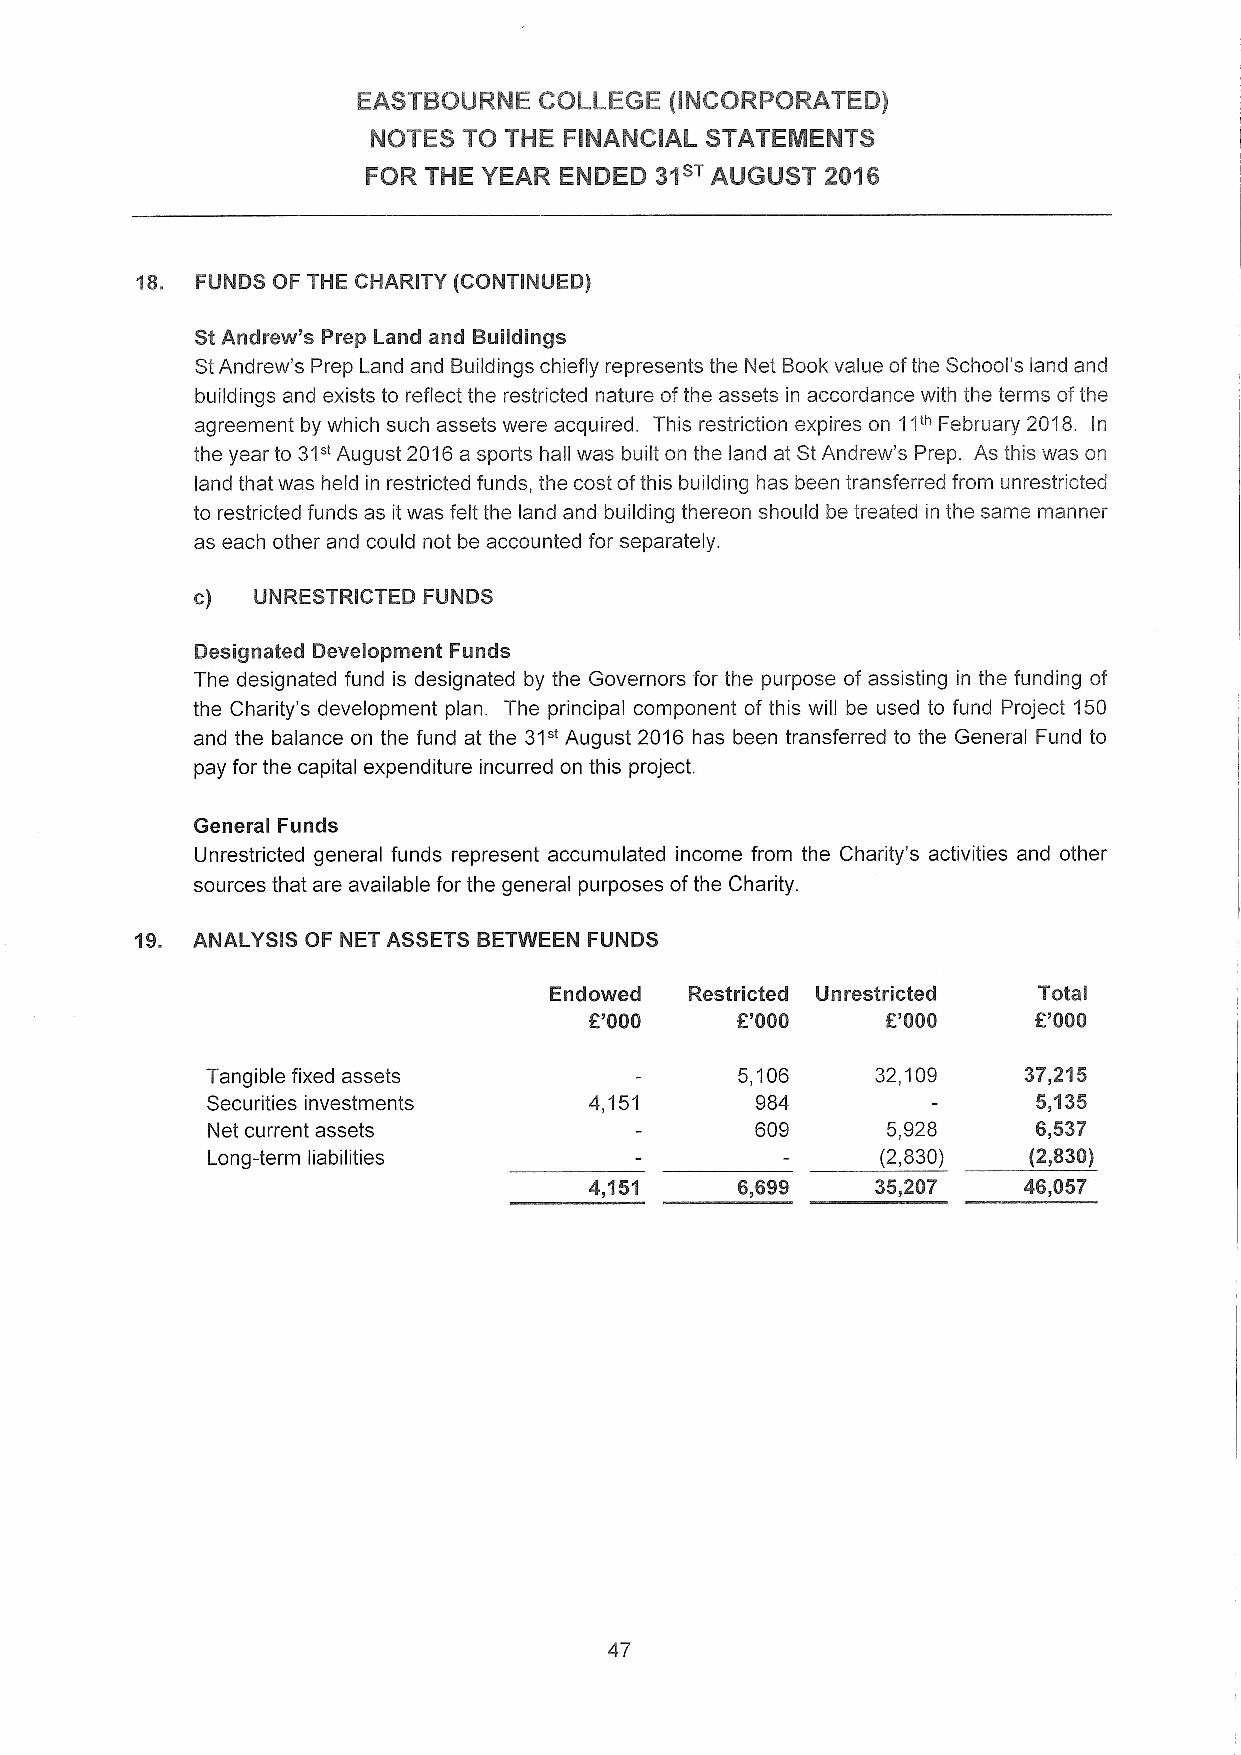
EASTBOURNE  COLLEGE (INCORPORATED)
 NOTES TO THE FINANCIAL STATEMENTS
 FOR THE YEAR ENDED 31sTAUGUST  2016
 18. FUNDS OF THE CHARITY (CONTINUED)
 StAndrew's Prep Land and Buildings
 StAndrew's Prep Land and Buildings chiefly represents the Net Bookvalue ofthe School's land and
 buildings and exists to reflect the restricted nature ofthe assets in accordance with the terms ofthe
 agreement by which such assets were acquired. This restriction expires on 11'" February 2018. In
 the year to 31" August 2016a sports hall was built on the land at StAndrew's Prep. As this was on
 land that was held in restricted funds, the cost ofthis building has been transferred from unrestricted
 to restricted funds as itwas felt the land and building thereon should be treated in the same manner
 as each other and could not be accounted for separately.
 c)  UNRESTRICTED FUNDS
 Designated Development Funds
 The designated fund is designated by the Governors for the purpose of assisting in the funding of
 the Charity's development plan. The principal component of this will be used to fund Project 150
 and the balance on the fund at the 31" August 2016 has been transferred to the General Fund to
 pay for the capital expenditure incurred on this project.
 General Funds
 Unrestricted general funds represent accumulated income from the Charity's activities and other
 sources that are available for the general purposes ofthe Charity.
 19. ANALYSIS OF NET ASSETS BETWEEN FUNDS
 Endowed   Restricted Unrestricted Total
 K'000     E'000     F'000    F'000
 Tangible fixed assets              5,106    32,109    37,215
 Securities investments   4,151      984                5,135
 Net current assets                  609      5,928     6,537
 Long-term liabilities                       (2,830)   (2,830)
 4,151     6,699    35,207    46,057
 47